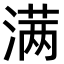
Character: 满